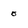
Character: 0